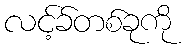
လင့်ခ်တစ်ခုကို